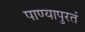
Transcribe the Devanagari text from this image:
पाण्यापुरतं